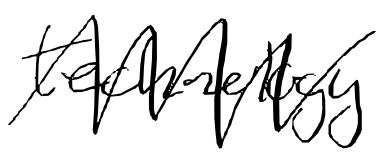
Text: technology
Cross-out: zig-zag
Writing tool: digital_black